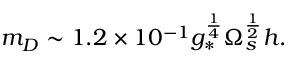
m _ { D } \sim 1 . 2 \times 1 0 ^ { - 1 } g _ { * } ^ { \frac { 1 } { 4 } } \Omega _ { s } ^ { \frac { 1 } { 2 } } h .